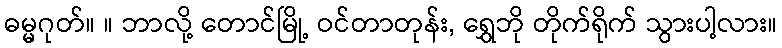
ဓမ္မဂုတ်။ ။ ဘာလို့ တောင်မြို့ ဝင်တာတုန်း, ရွှေဘို တိုက်ရိုက် သွားပါ့လား။